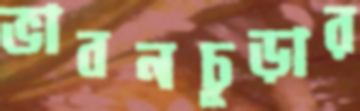
ভাবনচূড়ার